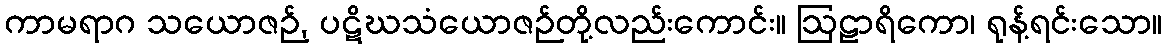
ကာမရာဂ သယောဇဉ်, ပဋိဃသံယောဇဉ်တို့လည်းကောင်း။ ဩဠာရိကော၊ ရုန့်ရင်းသော။